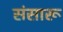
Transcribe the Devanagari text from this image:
संसारू